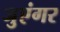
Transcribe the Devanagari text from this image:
जुएंगर